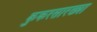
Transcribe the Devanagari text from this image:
कुकरसारख्या